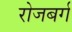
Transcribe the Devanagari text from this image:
रोजबर्ग